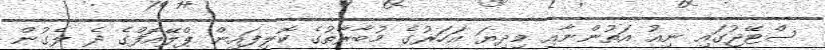
ސްޓޭޖުގައި ނިއު އަތުންނާއި މިދިޔަ އަހަރުގެ މުބާރާތުގެ ކޮލިފައިން ޕްލޭއޮފްގެ ދެ ލެގުން